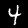
Digit: 4